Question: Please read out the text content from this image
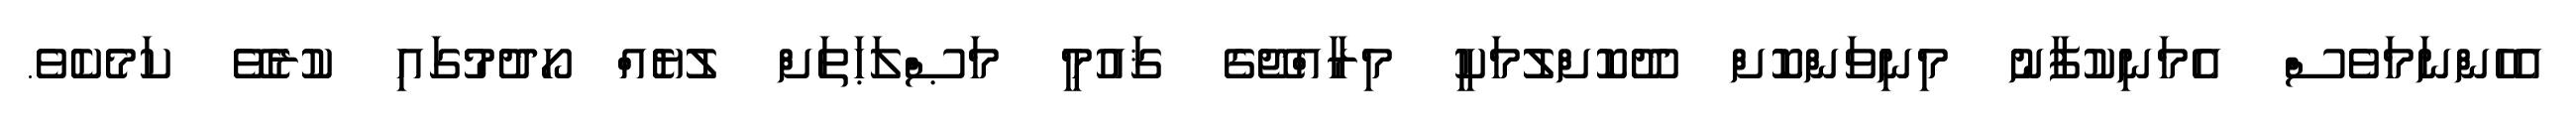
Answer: އެހެންނަމަވެސް އެމަނިކުފާނު މިނިވަންކޮށް ދޫކޮށްލުމަކީ މިރާއްޖޭގެ ޤައުމީ މަޞްލަޙަތަށް ލުޔެއް ހޯދުމުގައި ކުރެވޭ ކަމެކެވެ.